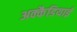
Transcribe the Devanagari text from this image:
अक्कैडियाई